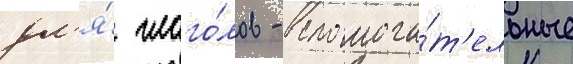
дл'я́ глаго́лов - вспомога́т'ельные